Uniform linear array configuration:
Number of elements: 64
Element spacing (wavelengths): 1
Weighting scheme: hamming
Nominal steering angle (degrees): -15
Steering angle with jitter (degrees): -15.295
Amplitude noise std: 0.05
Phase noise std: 0.05

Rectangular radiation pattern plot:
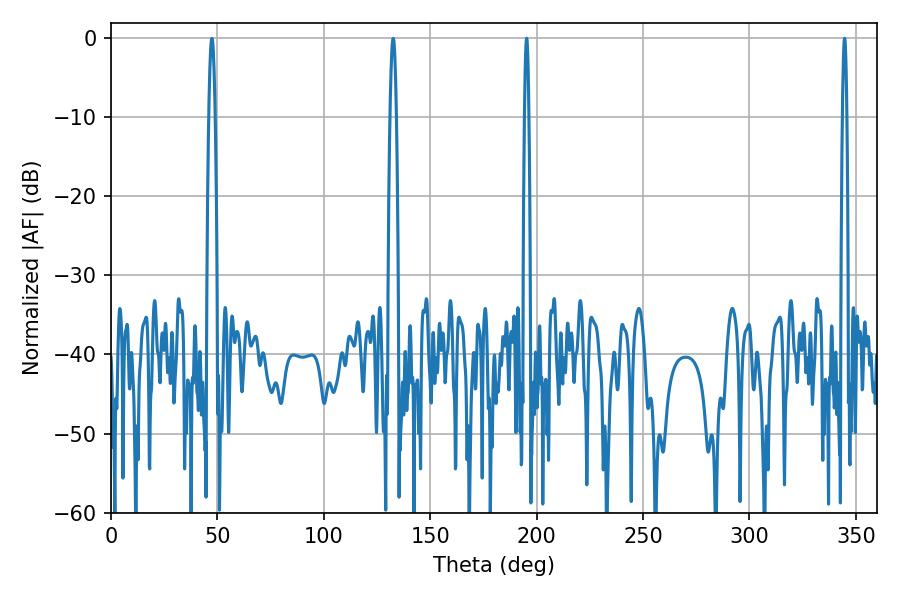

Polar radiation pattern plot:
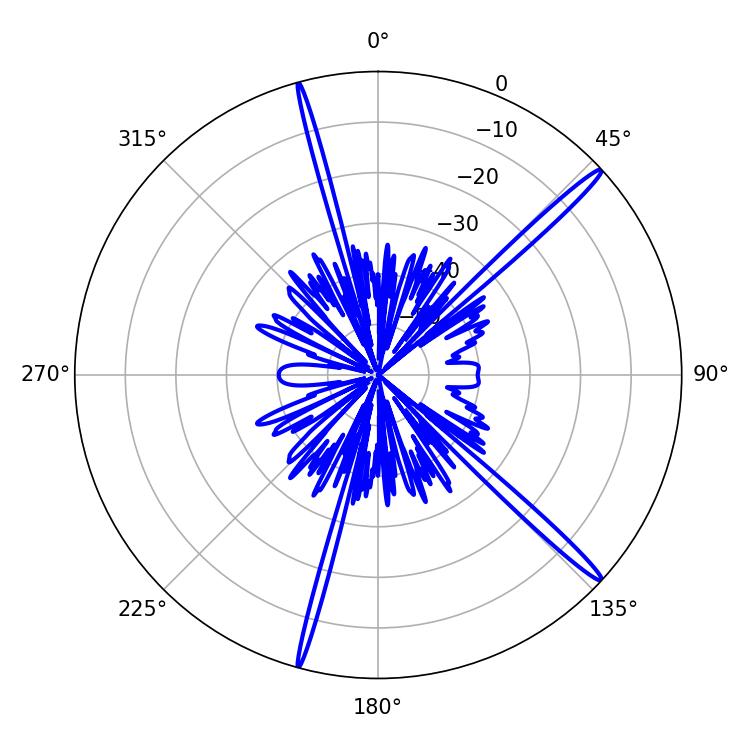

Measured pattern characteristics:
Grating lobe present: TRUE
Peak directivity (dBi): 17.566
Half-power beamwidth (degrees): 1.08
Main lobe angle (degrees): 344.7